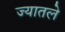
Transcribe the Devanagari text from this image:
ज्यातले